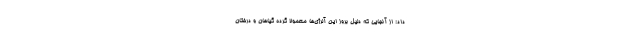
داد: از آنجایی که دلیل بروز این آلرژی‌ها معمولا گرده گیاهان و درختان